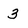
Character: 3